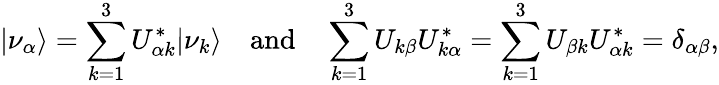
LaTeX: |\nu_{\alpha}\rangle=\sum_{k=1}^{3}U_{\alpha k}^{\ast}|\nu_{k}\rangle\quad\textrm{and}\quad\sum_{k=1}^{3}U_{k\beta}U_{k\alpha}^{\ast}=\sum_{k=1}^{3}U_{\beta k}U_{\alpha k}^{\ast}=\delta_{\alpha\beta},